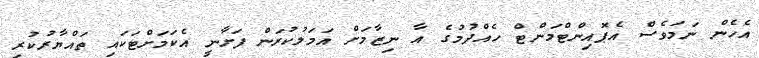
އެހެން ނަމަވެސް އެޕޮއިންޓްމަންޓް ހެއްދުމުގެ އާ ނިޒާމަށް އަމަލުކުރަން ފަށާނީ އެކަމަށްޓަކައި ތައްްޔާރުކުރި